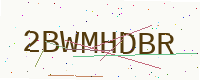
Text: 2BWMHDBR